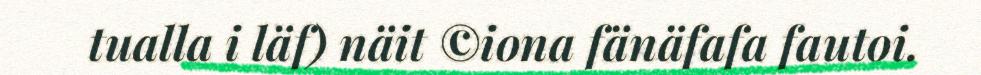
tualla i läf) näit ©iona fänäfafa fautoi.